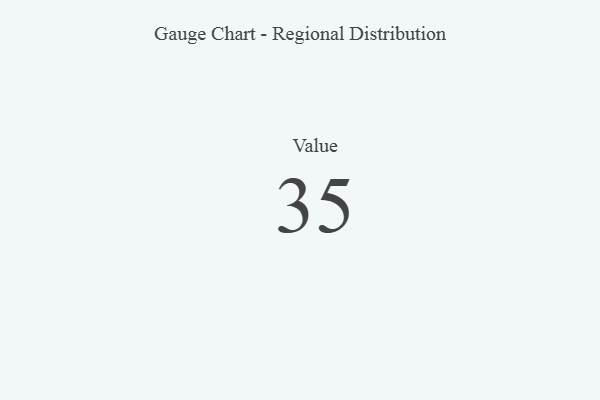
{"axis": {"x": "Metric", "y": "Value"}, "legend": [""], "data": [{"x": "Value", "y": 35, "type": ""}]}